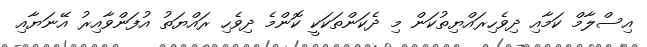
އިސްލާމް ކަމާއި ދިވެހިރައްޔިތުކަން މި ދެކަންތަކަކީ ކޮންމެ ދިވެހި ރައްޔަތު އުފަންވާއިރު އޭނަޔާއި